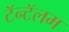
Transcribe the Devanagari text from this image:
टॅन्टॅलम